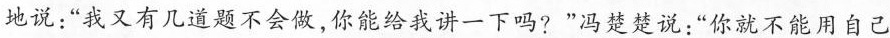
地说:“我又有几道题不会做，你能给我讲一下吗?”冯楚楚说:“你就不能用自己